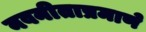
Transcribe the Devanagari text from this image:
नवनीताप्रमाणे